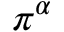
\pi ^ { \alpha }